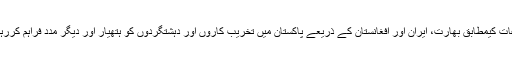
اطلاعات کیمطابق بھارت، ایران اور افغانستان کے ذریعے پاکستان میں تخریب کاروں اور دہشتگردوں کو ہتھیار اور دیگر مدد فراہم کررہا ہے۔